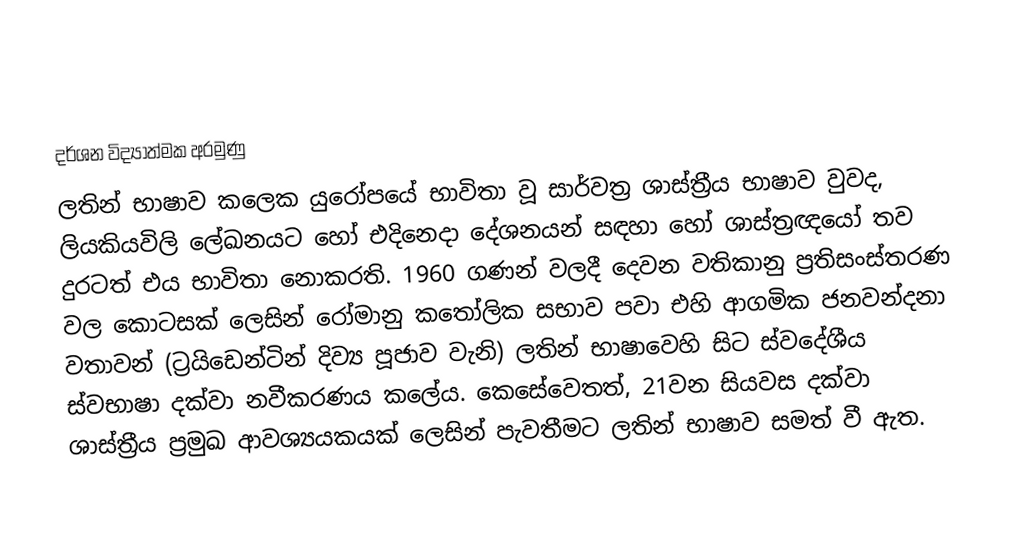

දර්ශන විද්‍යාත්මක අරමුණු
ලතින් භාෂාව කලෙක යුරෝපයේ භාවිතා වූ සාර්වත්‍ර ශාස්ත්‍රීය භාෂාව වුවද, ලියකියවිලි ලේඛනයට හෝ එදිනෙදා දේශනයන් සඳහා හෝ ශාස්ත්‍රඥයෝ තව දුරටත් එය භාවිතා නොකරති. 1960 ගණන් වලදී දෙවන වතිකානු ප්‍රතිසංස්තරණ වල කොටසක් ලෙසින් රෝමානු කතෝලික සභාව පවා එහි ආගමික ජනවන්දනා වතාවන් (ට්‍රයිඩෙන්ටින් දිව්‍ය පූජාව වැනි) ලතින් භාෂාවෙහි සිට ස්වදේශීය ස්වභාෂා දක්වා නවීකරණය කලේය. කෙසේවෙතත්, 21වන සියවස දක්වා ශාස්ත්‍රීය ප්‍රමුඛ ආවශ්‍යයකයක් ලෙසින් පැවතීමට ලතින් භාෂාව සමත් වී ඇත.